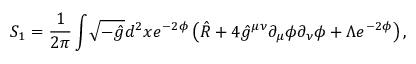
S _ { 1 } = \frac { 1 } { 2 \pi } \int \! \sqrt { - \hat { g } } d ^ { 2 } x e ^ { - 2 \phi } \left( \hat { R } + 4 \hat { g } ^ { \mu \nu } \partial _ { \mu } \phi \partial _ { \nu } \phi + \Lambda e ^ { - 2 \phi } \right) ,